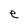
Character: e